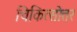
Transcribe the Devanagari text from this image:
चिकित्सोत्तर